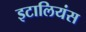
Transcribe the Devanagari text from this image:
इटालियंस